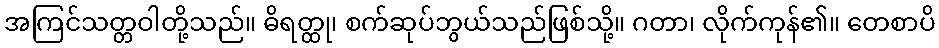
အကြင်သတ္တဝါတို့သည်။ ဓိရတ္ထု၊ စက်ဆုပ်ဘွယ်သည်ဖြစ်သို့။ ဂတာ၊ လိုက်ကုန်၏။ တေစာပိ